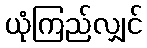
ယုံကြည်လျှင်